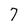
Character: 7